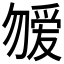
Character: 𱐿